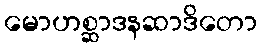
မောဟစ္ဆာဒနဆာဒိတော